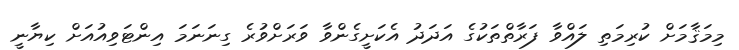
މިމަޤާމަށް ކުރިމަތި ލައްވާ ފަރާތްތަކުގެ އަދަދު އެކަށީގެންވާ ވަރަށްވުރެ ގިނަނަމަ އިންޓަވިއުއަށް ކިޔާނީ